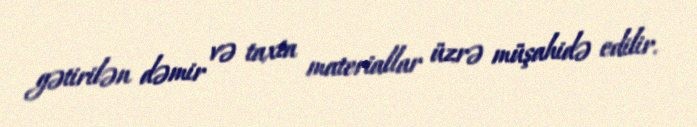
gətirilən dəmir və taxta materiallar üzrə müşahidə edilir.